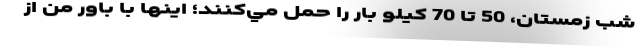
شب زمستان، 50 تا 70 كيلو بار را حمل مي‌كنند؛ اينها با باور من از